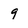
Character: 9